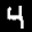
Label: 4